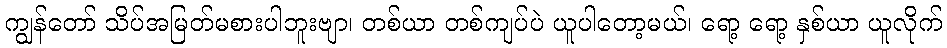
ကျွန်တော် သိပ်အမြတ်မစားပါဘူးဗျာ၊ တစ်ယာ တစ်ကျပ်ပဲ ယူပါတော့မယ်၊ ရော့ ရော့ နှစ်ယာ ယူလိုက်